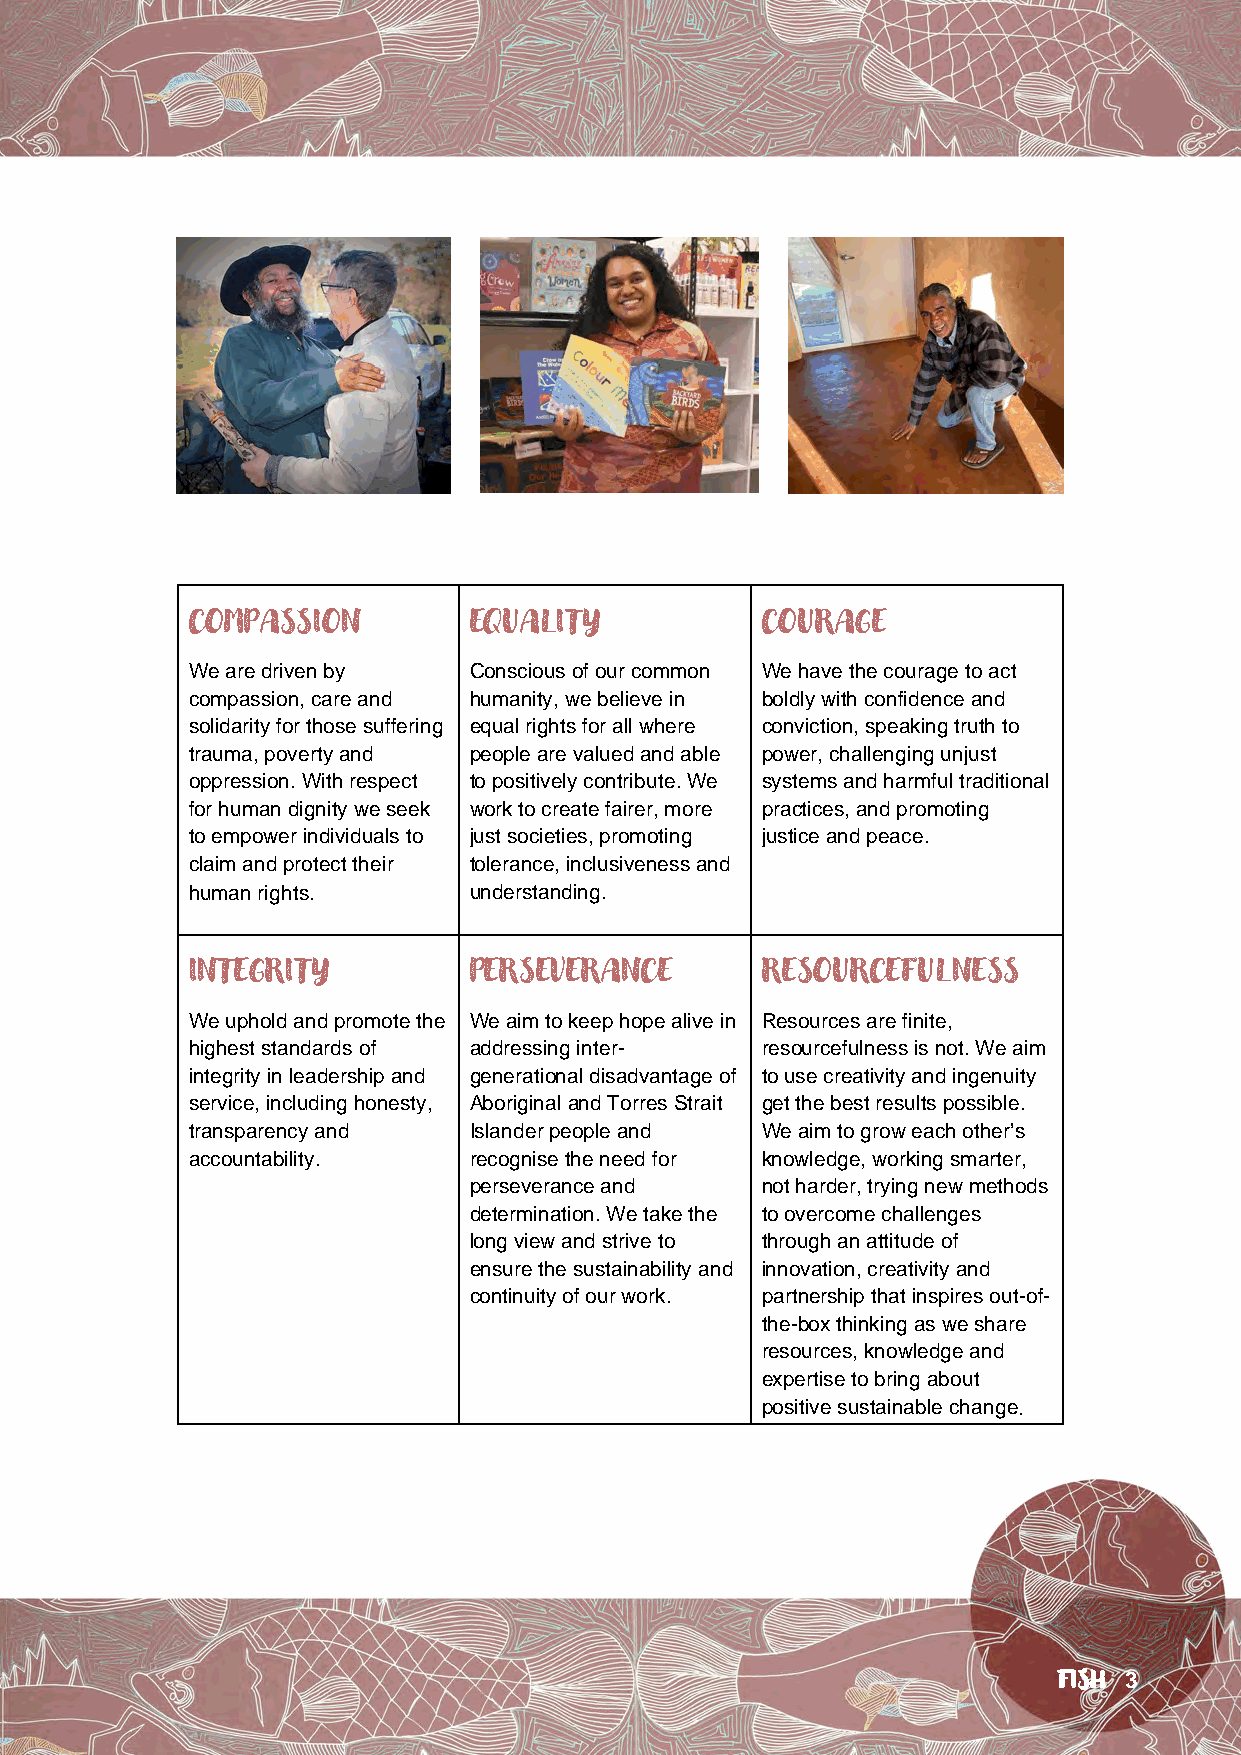
COMPASSION        EQUALITY            COURAGE
 We are driven by  Conscious of our common We have the courage to act
 compassion, care and humanity, we believe in boldly with confidence and
 solidarity for those suffering equal rights for all where conviction, speaking truth to
 trauma, poverty and people are valued and able power, challenging unjust
 oppression. With respect to positively contribute. We systems and harmful traditional
 for human dignity we seek work to create fairer, more practices, and promoting
 to empower individuals to just societies, promoting justice and peace.
 claim and protect their tolerance, inclusiveness and
 human rights.     understanding.
 INTEGRITY         PERSEVERANCE        RESOURCEFULNESS
 We uphold and promote the We aim to keep hope alive in Resources are finite,
 highest standards of addressing inter- resourcefulness is not. We aim
 integrity in leadership and generational disadvantage of to use creativity and ingenuity
 service, including honesty, Aboriginal and Torres Strait get the best results possible.
 transparency and  Islander people and We aim to grow each other’s
 accountability.   recognise the need for knowledge, working smarter,
 perseverance and    not harder, trying new methods
 determination. We take the to overcome challenges
 long view and strive to through an attitude of
 ensure the sustainability and innovation, creativity and
 continuity of our work. partnership that inspires out-of-
 the-box thinking as we share
 resources, knowledge and
 expertise to bring about
 positive sustainable change.
 FISH 3